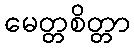
မေတ္တစိတ္တာ